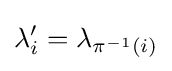
\lambda '_{i}=\lambda _{\pi ^{-1}(i)}